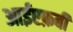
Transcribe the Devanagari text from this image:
आईएफ़बी